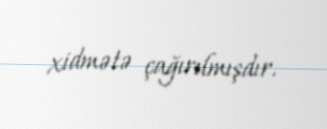
xidmətə çağırılmışdır.